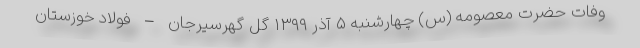
وفات حضرت معصومه (س) چهارشنبه ۵ آذر ۱۳۹۹ گل گهرسیرجان – فولاد خوزستان